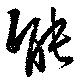
能